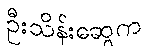
ဦးသိန်းဆွေက